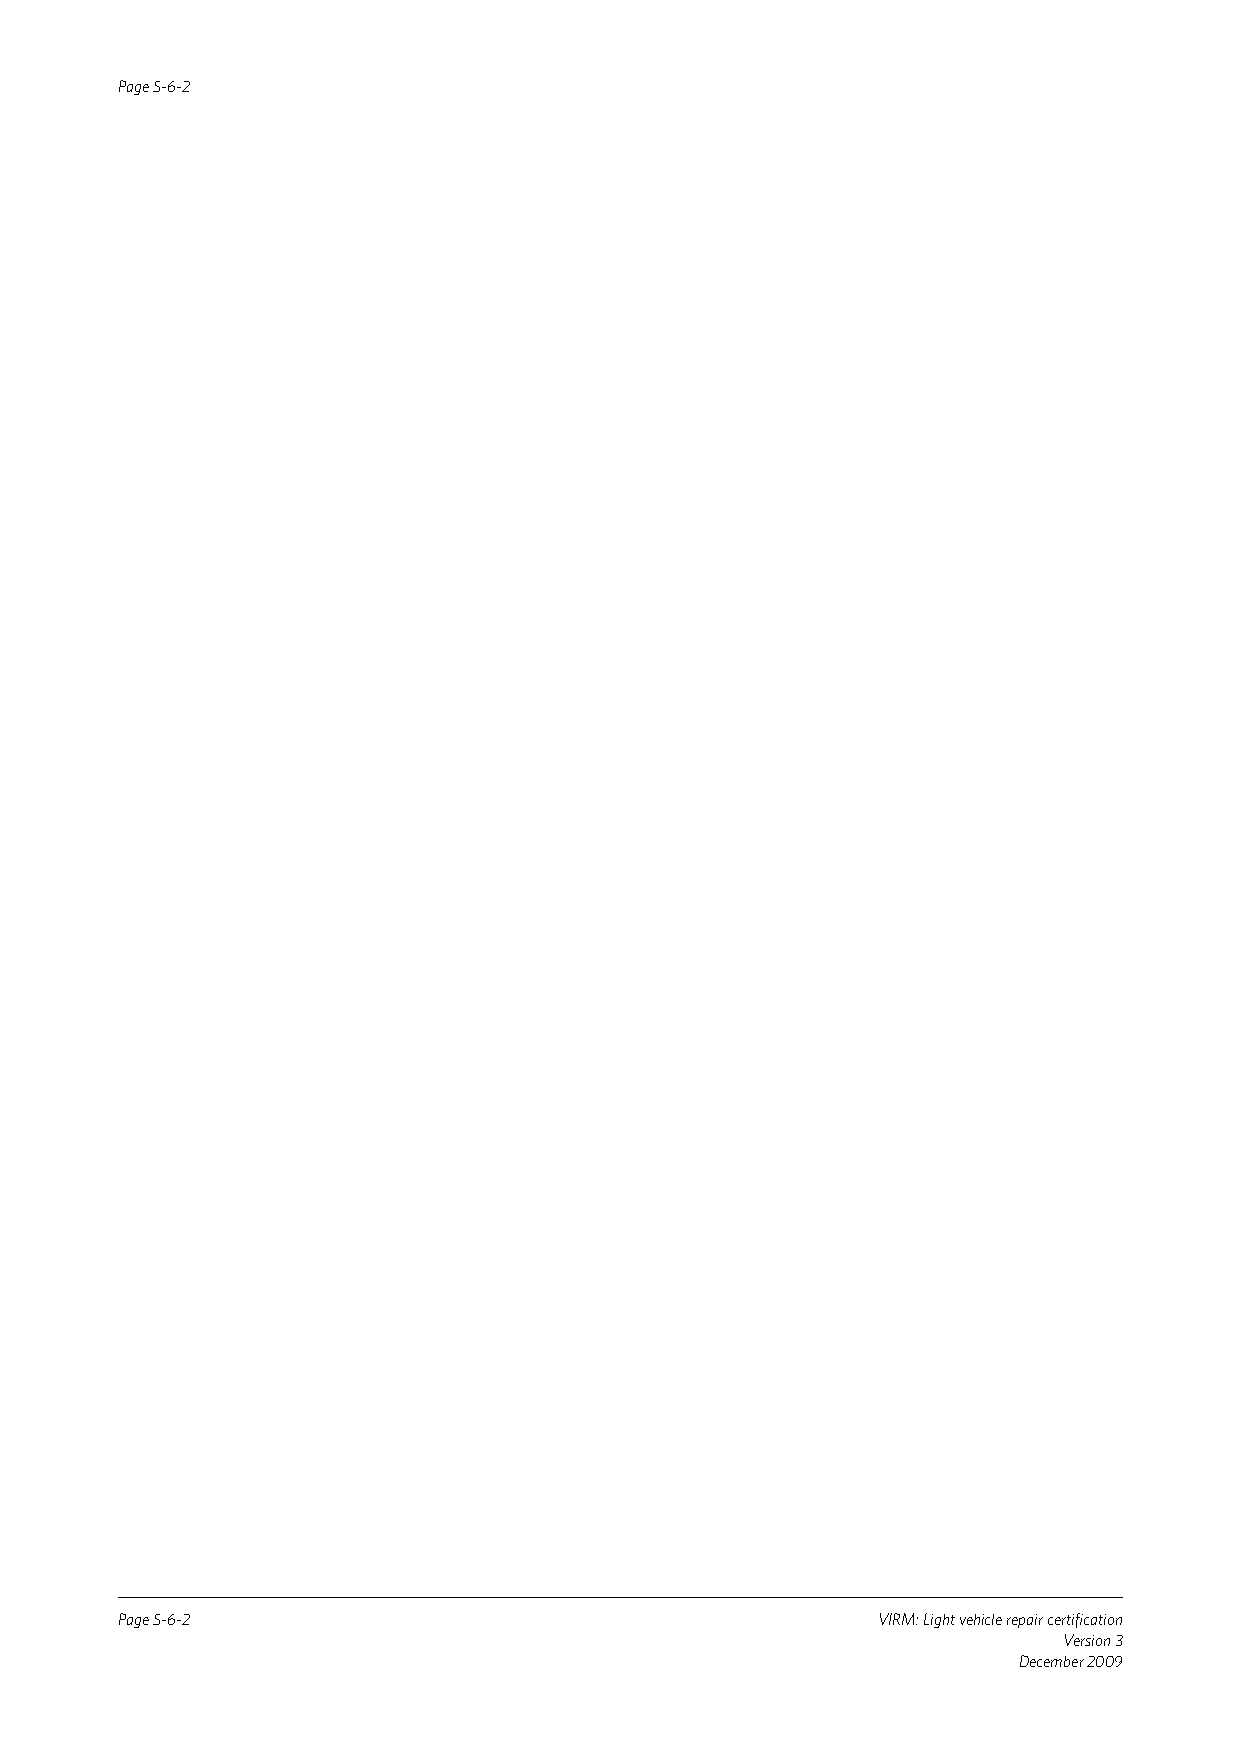
Page 5-6-2
 Page 5-6-2                                        VIRM: Light vehicle repair certification
 Version 3
 December 2009